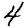
Digit: 4